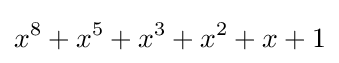
x^{8}+x^{5}+x^{3}+x^{2}+x+1